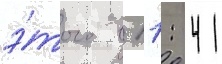
э́того в 11: 41